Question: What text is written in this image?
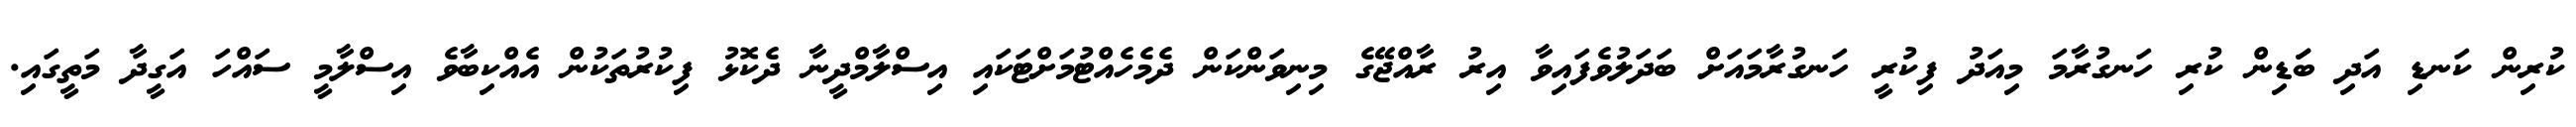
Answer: ކުރިން ކަނޑި އަދި ބަަޑިން ކުރި ހަނގުރާމަ މިއަދު ފިކުރީ ހަނގުރާމައަށް ބަދަލުވެފައިވާ އިރު ރާއްޖޭގެ މިނިވަންކަން ދެމެހެއްޓުމަށްޓަކައި އިސްލާމްދީނާ ދެކޮޅު ފިކުރުތަކުން އެއްކިބާވެ އިސްލާމީ ސައްހަ އަގީދާ މަތީގައި.